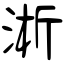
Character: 淅